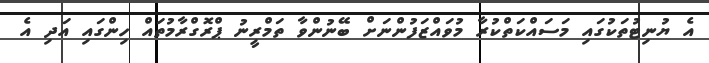
އެ ޔުނިޓުތަކުގައި މަސައްކަތްކުރާ މުވައްޒަފުންނަށް ބޭނުންވާ ތަމްރީނު ޕްރޮގްރާމުތައް ހިންގައި އަދި އެ